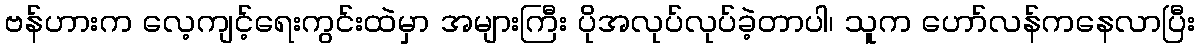
ဗန်ဟားက လေ့ကျင့်ရေးကွင်းထဲမှာ အများကြီး ပိုအလုပ်လုပ်ခဲ့တာပါ၊ သူက ဟော်လန်ကနေလာပြီး